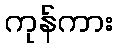
ကုန်ကား